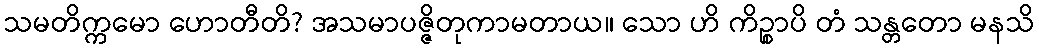
သမတိက္ကမော ဟောတီတိ? အသမာပဇ္ဇိတုကာမတာယ။ သော ဟိ ကိဉ္စာပိ တံ သန္တတော မနသိ